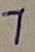
Text: 1